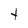
Character: t